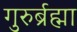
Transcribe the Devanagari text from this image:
गुरुर्ब्रह्मा